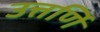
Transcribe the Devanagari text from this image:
उत्तर्णि